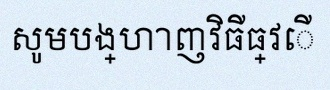
សូមបង្ហាញវិធីធ្វើ